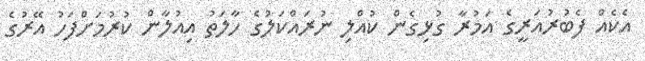
އެކެއް ފެބުރުއަރީގެ އަމުރާ ގުޅިގެން ކުއްލި ނުރައްކަލުގެ ހާލަތު އިއުލާން ކުރުމަށްފަހު އޭރުގެ